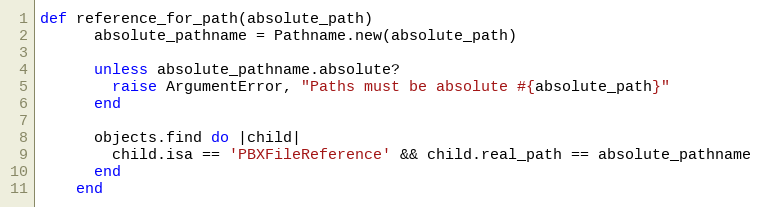
Language: Ruby
def reference_for_path(absolute_path)
      absolute_pathname = Pathname.new(absolute_path)

      unless absolute_pathname.absolute?
        raise ArgumentError, "Paths must be absolute #{absolute_path}"
      end

      objects.find do |child|
        child.isa == 'PBXFileReference' && child.real_path == absolute_pathname
      end
    end